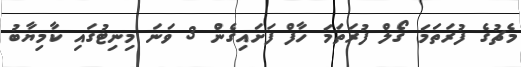
މެޗުގެ ފުރަތަމަ ގޯލް ފުރަތަމަ ހާފް ފަށައިގެން 3 ވަނަ މިނިޓުގައި ކާމިޔާބު